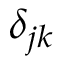
\delta _ { j k }